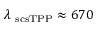
\lambda _ { \mathrm { \ s c s { T P P } } } \approx 6 7 0